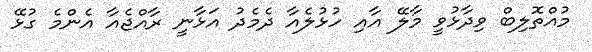
މުއްތޮލިބް ވިދާޅުވީ މާލޭ އާއި ހުޅުލެއާ ދެމެދު އަޅާނީ ރާއްޖެއާ އެންމެ ގުޅޭ